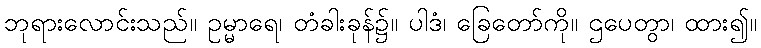
ဘုရားလောင်းသည်။ ဥမ္မာရေ၊ တံခါးခုန်၌။ ပါဒံ၊ ခြေတော်ကို။ ဌပေတွာ၊ ထား၍။